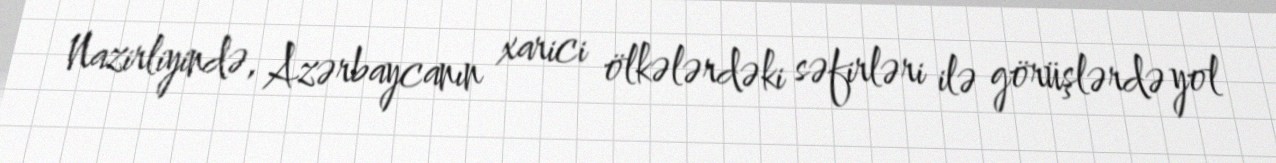
Nazirliyində, Azərbaycanın xarici ölkələrdəki səfirləri ilə görüşlərdə yol